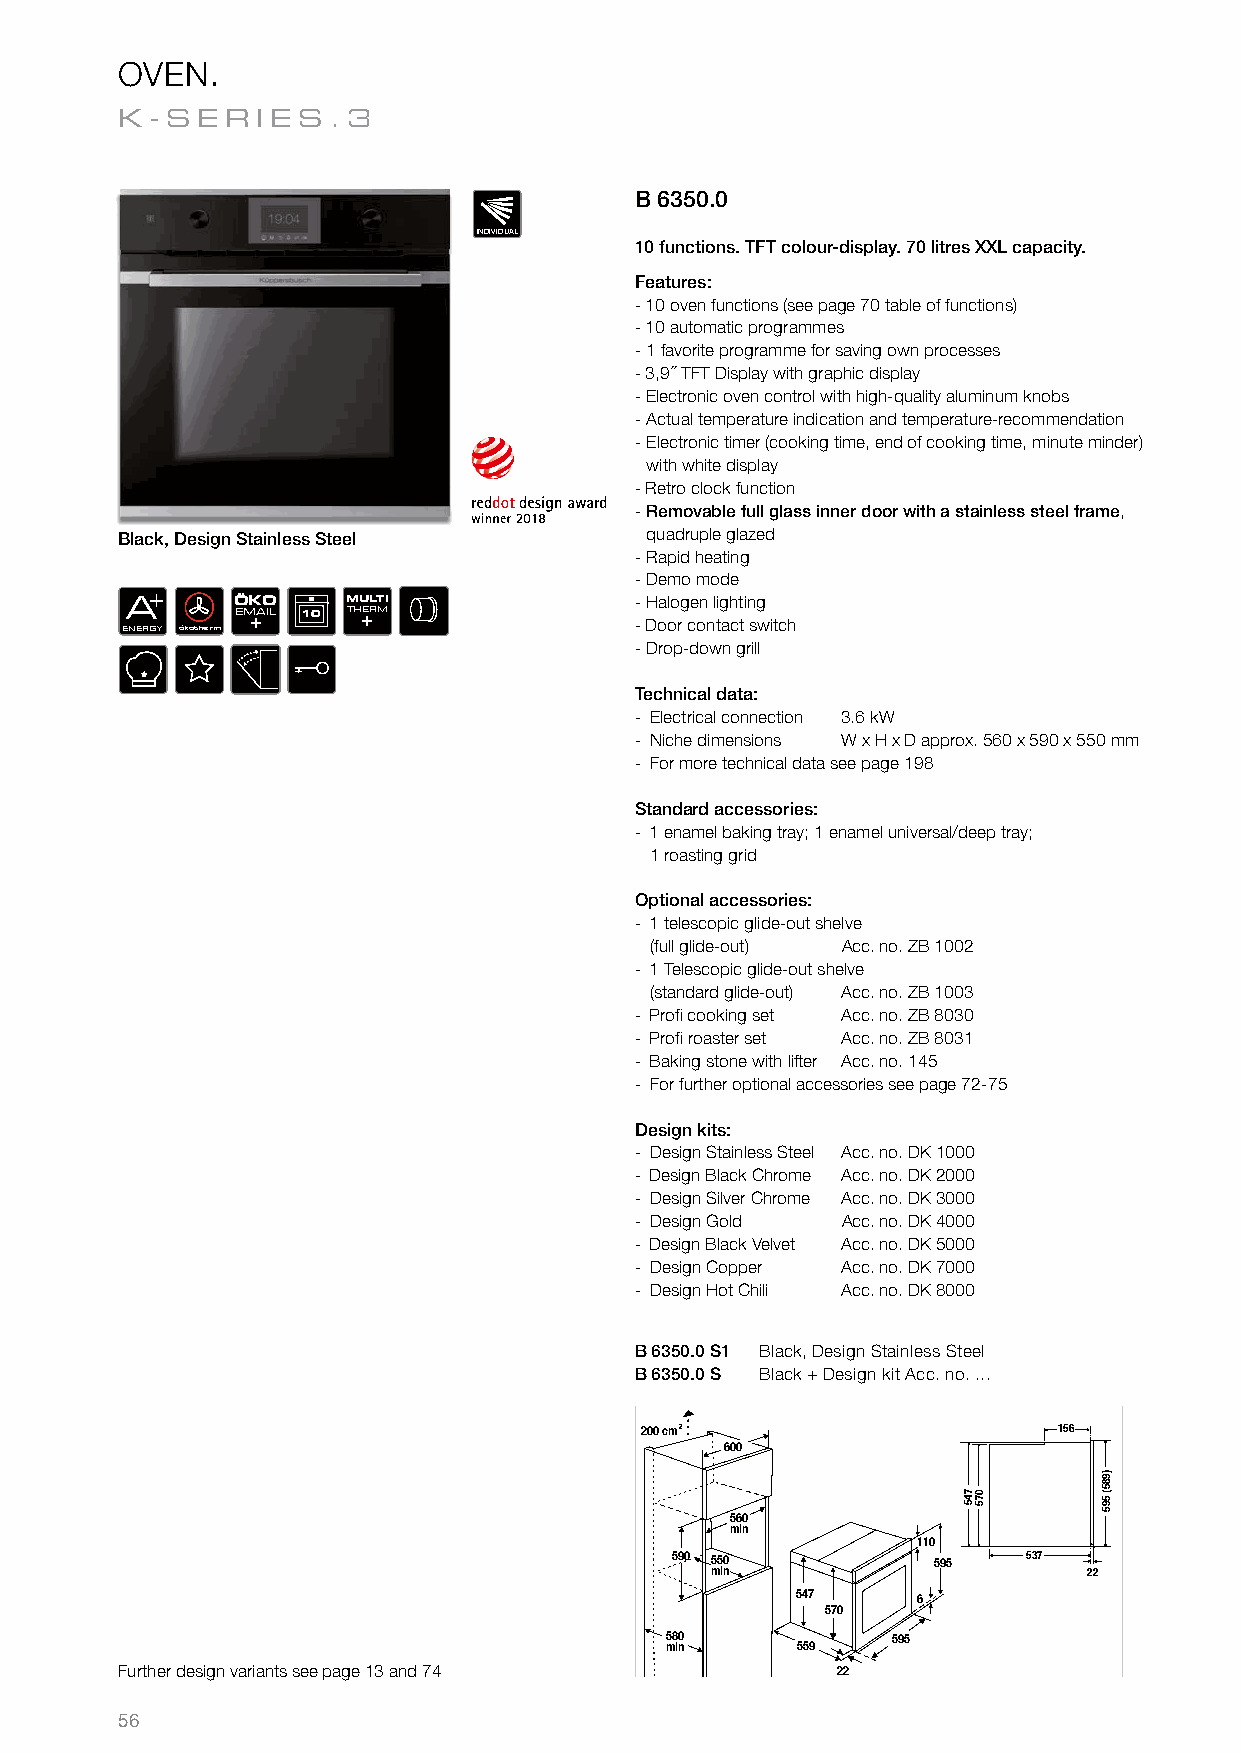
OVEN.
 K-SER    IES.3
 B 6350.0
 INDIVIDUAL
 10 functions. TFT colour-display. 70 litres XXL capacity.
 Features:
 - 10 oven functions (see page 70 table of functions)
 - 10 automatic programmes
 - 1 favorite programme for saving own processes
 - 3,9´´ TFT Display with graphic display
 - Electronic oven control with high-quality aluminum knobs
 - Actual temperature indication and temperature-recommendation
 - Electronic timer (cooking time, end of cooking time, minute minder)
 with white display
 - Retro clock function
 - Removable full glass inner door with a stainless steel frame,
 Black, Design Stainless Steel      quadruple glazed
 - Rapid heating
 - Demo mode
 +
 A      ÖKO     MULTI              - Halogen lighting
 ENERGY ökotherm
 EM +AIL 10 TH+ERM
 - Door contact switch
 - Drop-down grill
 Technical data:
 - Electrical connection 3.6 kW
 - Niche dimensions W x H x D approx. 560 x 590 x 550 mm
 - For more technical data see page 198
 Standard accessories:
 - 1 enamel baking tray; 1 enamel universal/deep tray;
 1 roasting grid
 Optional accessories:
 - 1 telescopic glide-out shelve
 (full glide-out) Acc. no. ZB 1002
 - 1 Telescopic glide-out shelve
 (standard glide-out) Acc. no. ZB 1003
 - Profi cooking set Acc. no. ZB 8030
 - Profi roaster set Acc. no. ZB 8031
 - Baking stone with lifter Acc. no. 145
 - For further optional accessories see page 72-75
 Design kits:
 - Design Stainless Steel Acc. no. DK 1000
 - Design Black Chrome Acc. no. DK 2000
 - Design Silver Chrome Acc. no. DK 3000
 - Design Gold Acc. no. DK 4000
 - Design Black Velvet Acc. no. DK 5000
 - Design Copper Acc. no. DK 7000
 - Design Hot Chili Acc. no. DK 8000
 B 6350.0 S1 Black, Design Stainless Steel
 B 6350.0 S Black + Design kit Acc. no. ...
 200 cm                      156
 600
 560
 min
 110
 590 550           595   537
 min                      22
 547     6
 570
 580            595
 min      559
 Further design variants see page 13 and 74     22
 56
 745 075
 )985(
 595